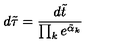
d \tilde { \tau } = { \frac { d \tilde { t } } { \prod _ { k } e ^ { \tilde { \alpha } _ { k } } } }